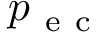
p _ { \mathrm { ~ e ~ c ~ } }